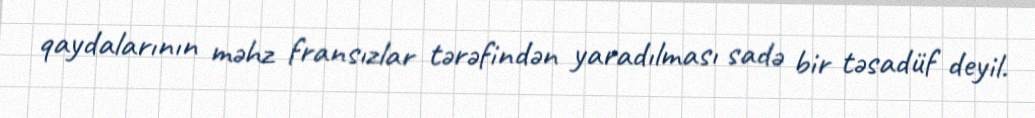
qaydalarının məhz fransızlar tərəfindən yaradılması sadə bir təsadüf deyil.